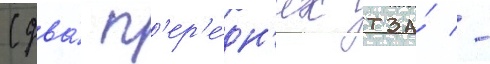
(два́ п'ер'е́дн'их тза́ -